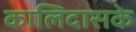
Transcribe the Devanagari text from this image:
कालिदासके